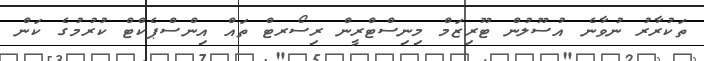
ތަކުރާރު ނުވާނެ އުސޫލުން ޓޫރިޒަމް މިނިސްޓްރީން ރިސޯރޓް ތައް އިންސްޕެކްޓް ކުރުމުގެ ކަން